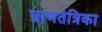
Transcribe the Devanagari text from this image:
घ्राणतंत्रिका